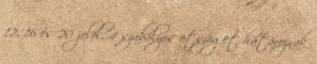
12, 16 és 20 jelöl, 4 szabályos ötszöget határoznak